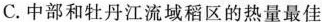
C.中部和牡丹江流域稻区的热量最佳